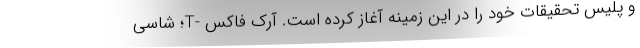
و پلیس تحقیقات خود را در این زمینه آغاز کرده است. آرک فاکس -T؛ شاسی